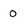
Character: 0